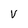
Character: v